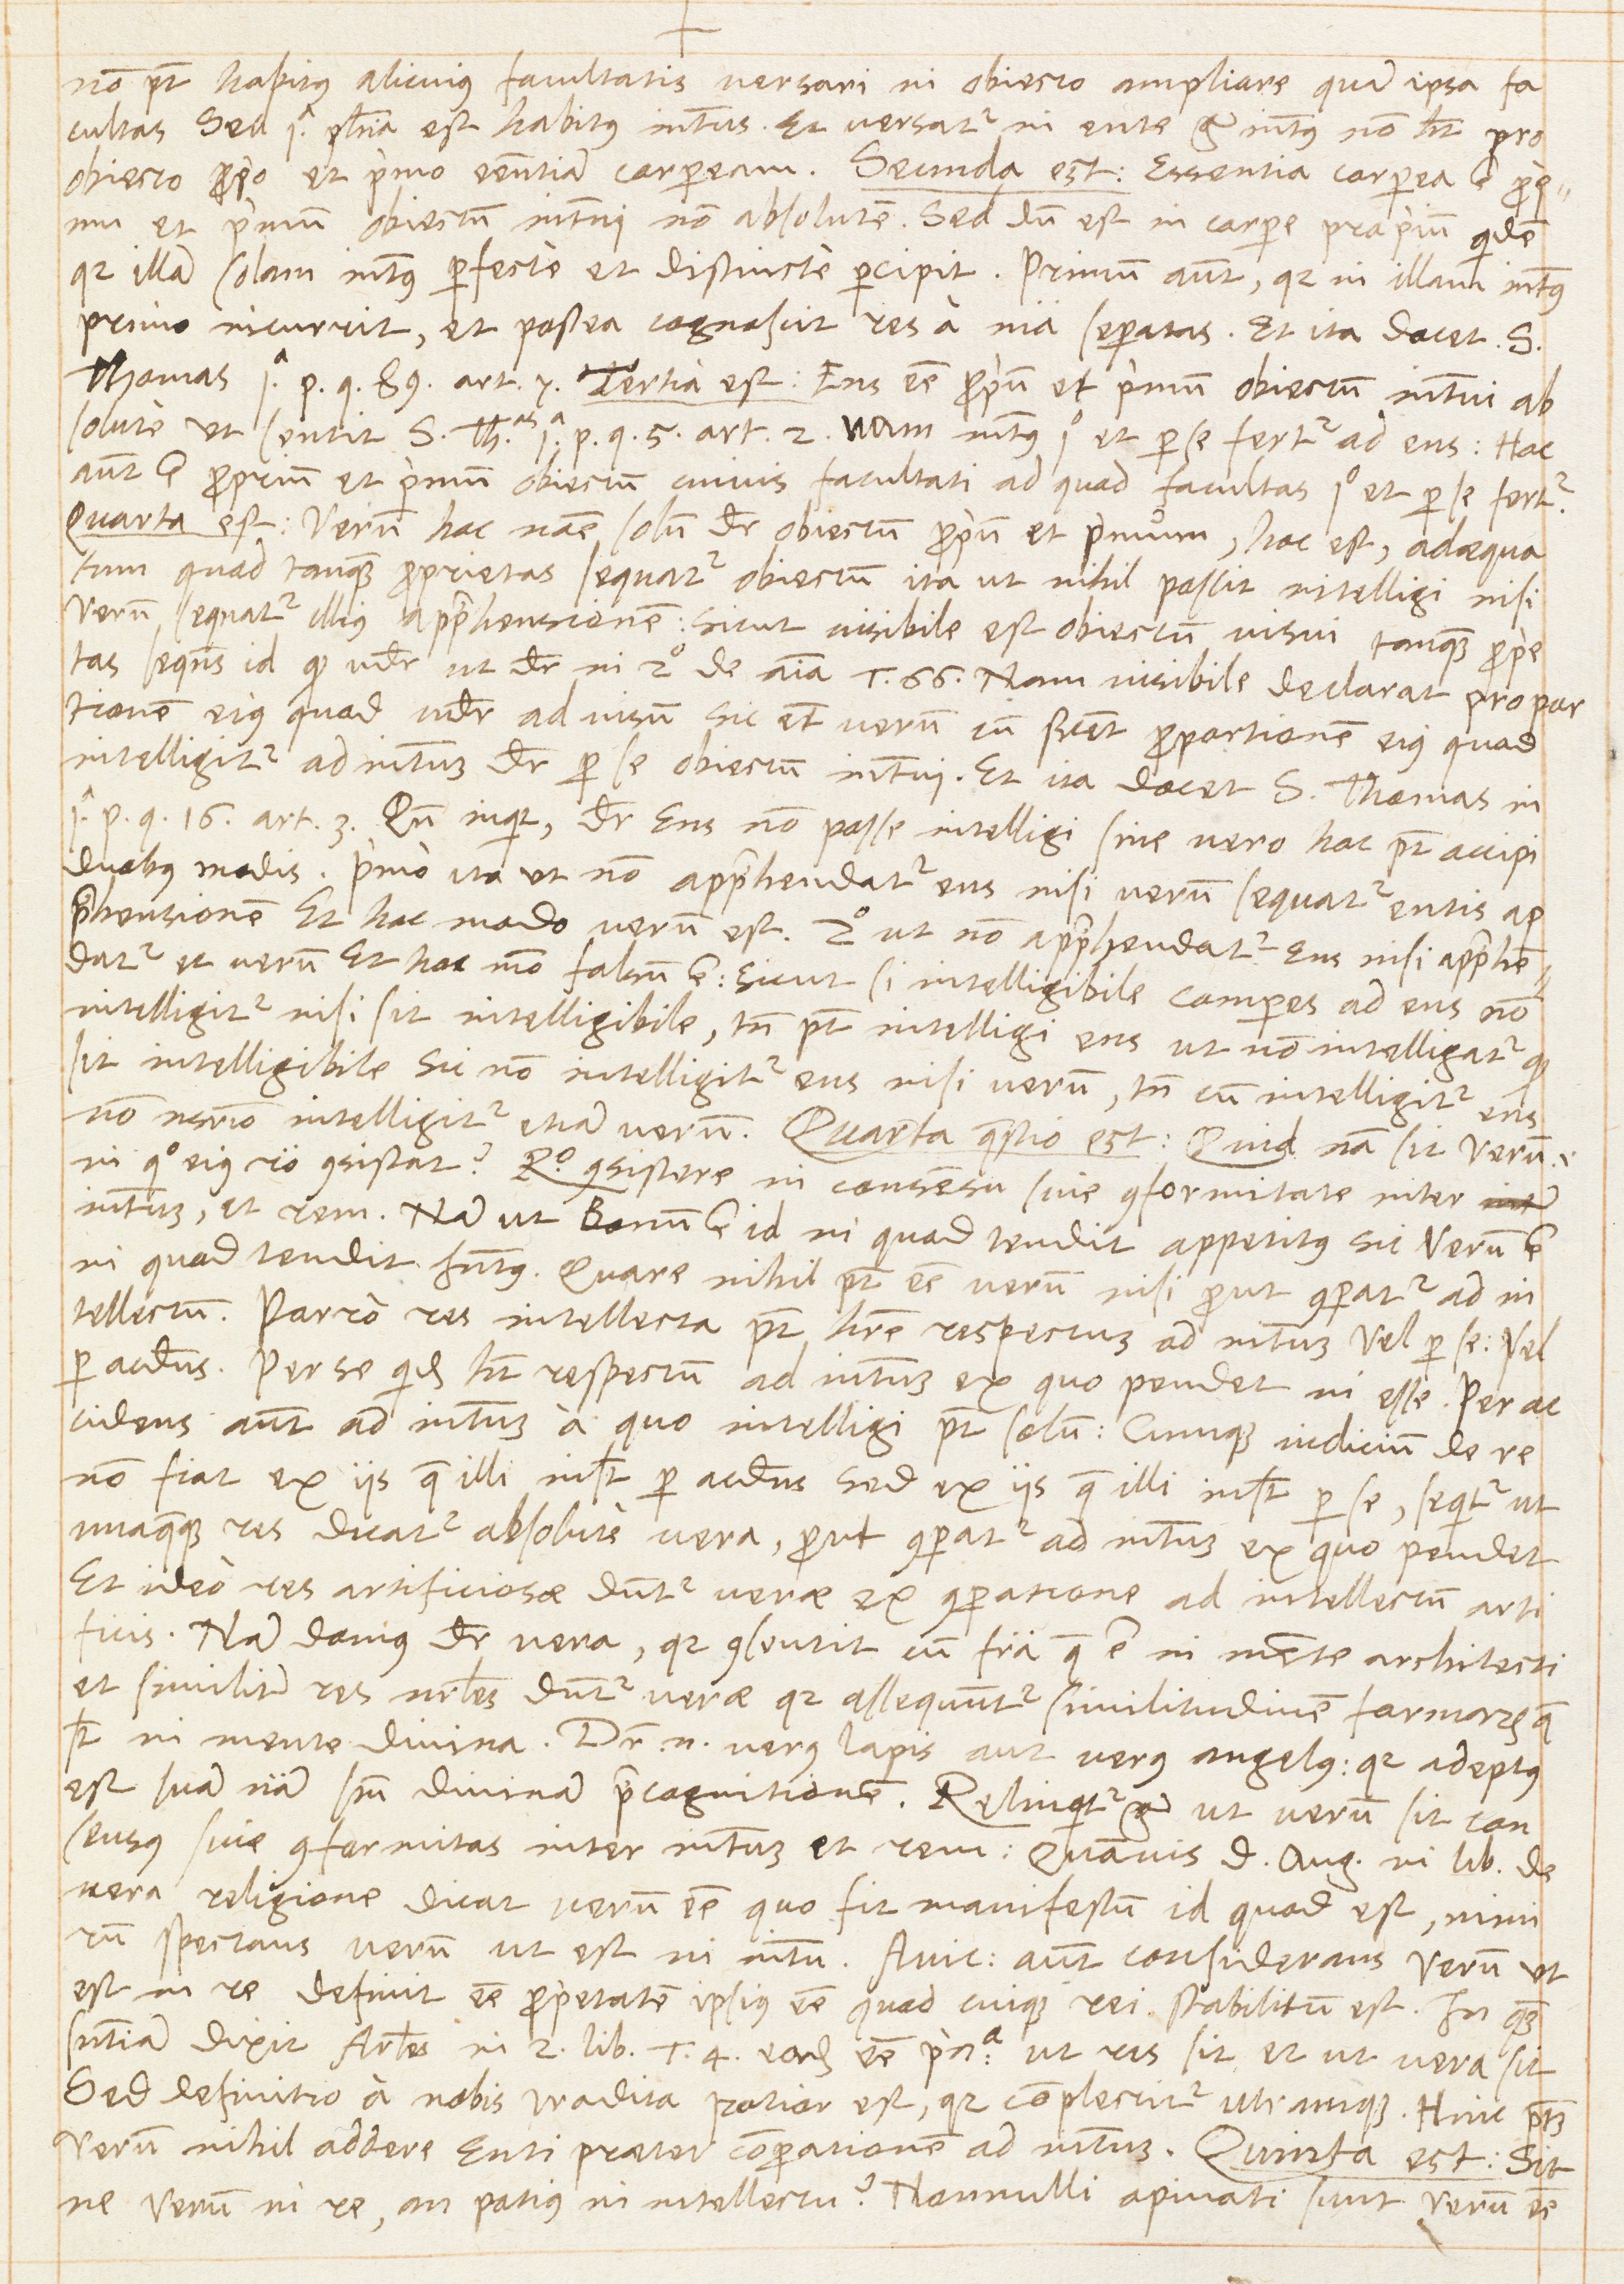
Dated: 1567–1567